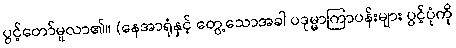
ပွင့်တော်မူလာ၏။ (နေအာရုံနှင့် တွေ့သောအခါ ပဒုမ္မာကြာပန်းများ ပွင့်ပုံကို